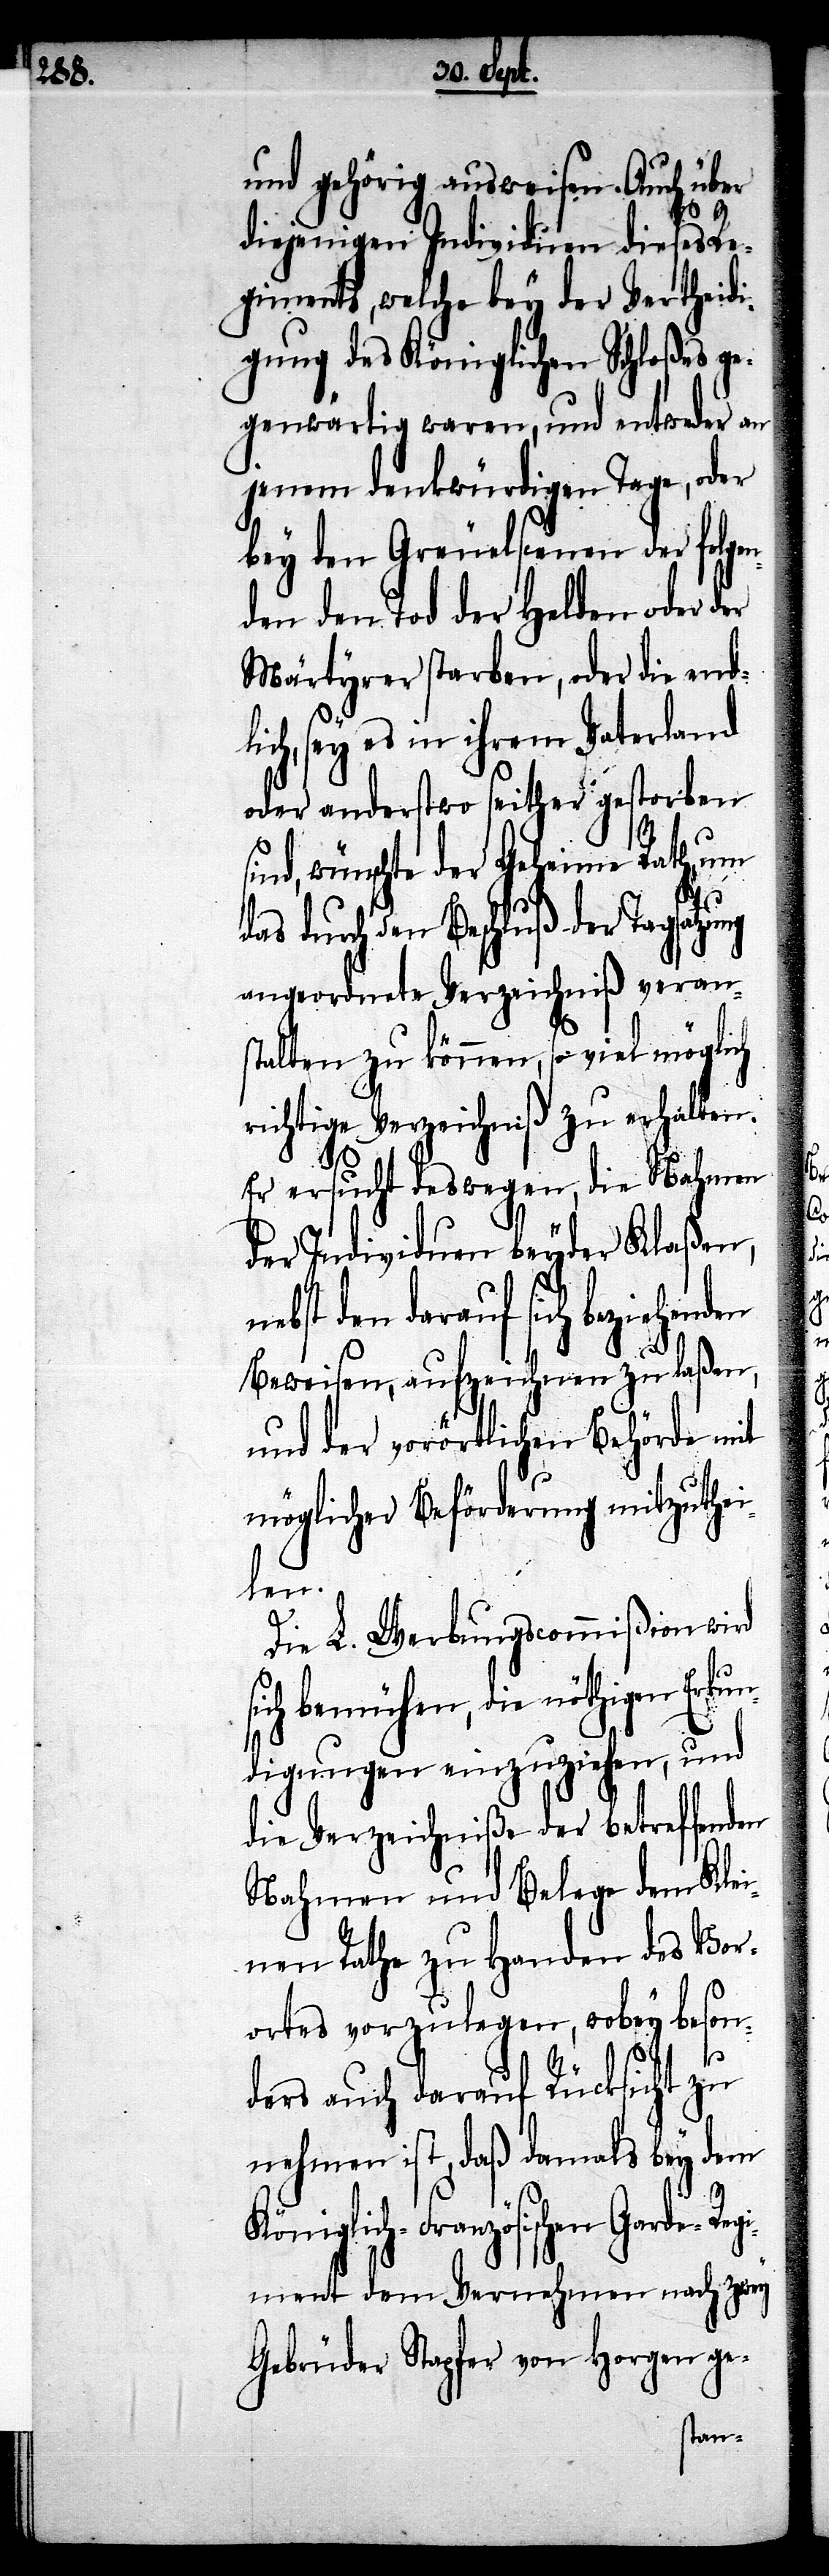
und gehörig ausweisen. Auch über
diejenigen Individuen dieses Re¬
giments, welche bey der Vertheidi¬
gung des Königlichen Schloßes g¬
egenwärtig waren, und entweder an
jenem denkwürdigen Tage, der
bey den Greuelscenen der folge¬
nden den Tod der Helden oder
Märtyrer starben, oder sie end¬
ch, sey es in ihrem Vaterland
oder anderstwo seither gestorben
wünschte der Geheime Rath, um
durch den Beschluß der Tagsatzu¬
angeordnete Verzeichniß veran¬
stalten zu können, so viel möglich
richtige Verzeichniße zu erhalten.
Er ersucht deswegen, die Nahmen
der Individuen beyder Klaßen,
den darauf sich beziehen¬
Beweisen, aufzeichnen zu laßen,
und der vorörtlichen Behörde mit
möglicher Beförderung mitzuthei¬
len.
Die L. Werbungscommißion wird
ich bemühen, die nöthigen Erku¬
ndigungen einzuziehen, und
die Verzeichniße der betreffenden
Nahmen und Belege dem Klei¬
nen Rathe zu Handen des Vor¬
ortes vorzulegen, wobey beson¬
s¬
ders auch darauf Rücksicht zu
nehmen ist, daß damals bey dem
Königlich-Französischen Gard¬
ment dem Vernehmen nach zwey
Gebrüder Stapfer von Horgen ge-
e-Regi¬